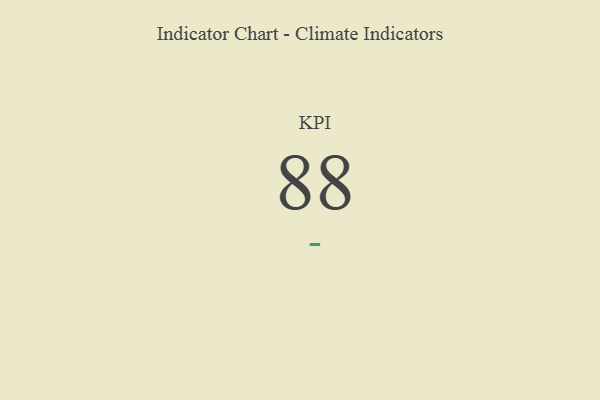
{"axis": {"x": "KPI", "y": "Value"}, "legend": [""], "data": [{"x": "KPI", "y": 88, "type": ""}]}